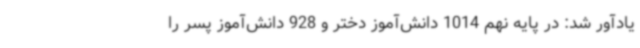
یادآور شد: در پایه نهم 1014 دانش‌آموز دختر و 928 دانش‌آموز پسر را